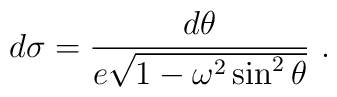
d\sigma = {d\theta \over e \sqrt{1 - \omega^2 \sin^2 \theta } }\ .